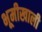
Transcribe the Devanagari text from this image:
भूमीखाली